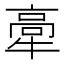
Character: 𤚸